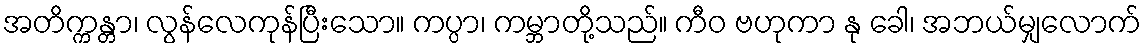
အတိက္ကန္တာ၊ လွန်လေကုန်ပြီးသော။ ကပ္ပာ၊ ကမ္ဘာတို့သည်။ ကီဝ ဗဟုကာ နု ခေါ၊ အဘယ်မျှလောက်